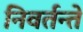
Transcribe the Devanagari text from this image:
निवर्तन्ते